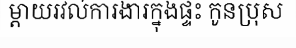
ម្តាយរវល់ការងារក្នុងផ្ទះ កូនប្រុស